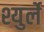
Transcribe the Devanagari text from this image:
श्युर्ले